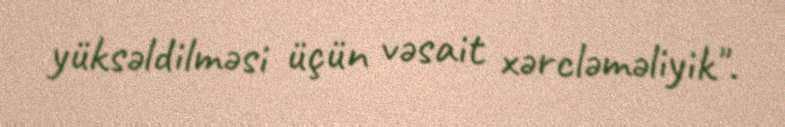
yüksəldilməsi üçün vəsait xərcləməliyik".